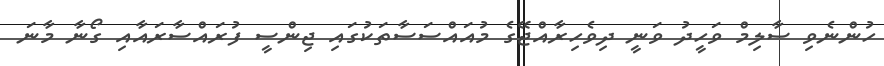
ހުންނެވި ސާލިމް ވަހީދު ވަނީ ދިވެހިރާއްޖޭގެ މުއައްސަސާތަކުގައި ޖިންސީ ފުރައްސާރައާއި ގޯނާ މާނަ